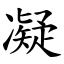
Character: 凝